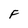
Character: F